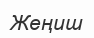
Жеңиш